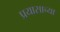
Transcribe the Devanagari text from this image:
प्रयासाच्या